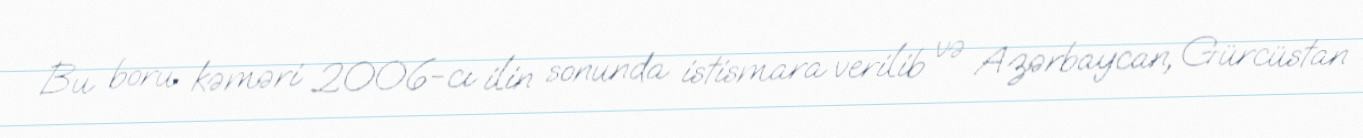
Bu boru kəməri 2006-cı ilin sonunda istismara verilib və Azərbaycan, Gürcüstan